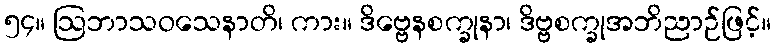
၅၄။ ဩဘာသဝသေနာတိ၊ ကား။ ဒိဗ္ဗေနစက္ခုနာ၊ ဒိဗ္ဗစက္ခုအဘိညာဉ်ဖြင့်။